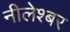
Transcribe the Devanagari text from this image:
नीलेश्बर